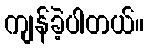
ကျန်ခဲ့ပါတယ်။